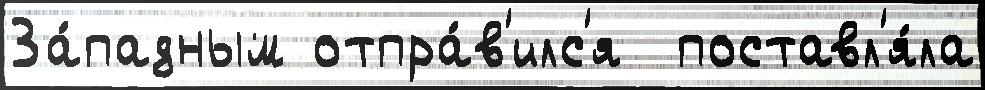
За́падным отпра́в'илс'я  поставл'я́ла